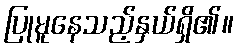
ပြုမူနေသည့်နှယ်ရှိ၏။